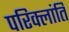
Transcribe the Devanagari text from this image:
परिक्लांति